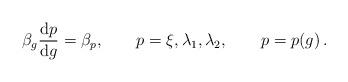
LaTeX: \begin{align*}\beta_g \frac{{\rm d}p}{{\rm d} g} = \beta_p , \qquad p=\xi,\lambda_1,\lambda_2, \qquad p = p(g) \,.\end{align*}